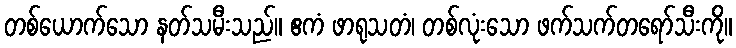
တစ်ယောက်သော နတ်သမီးသည်။ ဧကံ ဖာရုသတံ၊ တစ်လုံးသော ဖက်သက်တရော်သီးကို။